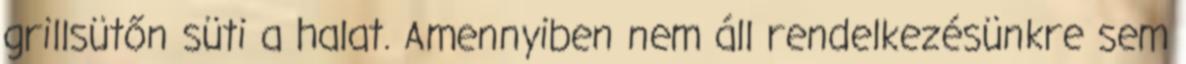
grillsütőn süti a halat. Amennyiben nem áll rendelkezésünkre sem